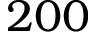
2 0 0